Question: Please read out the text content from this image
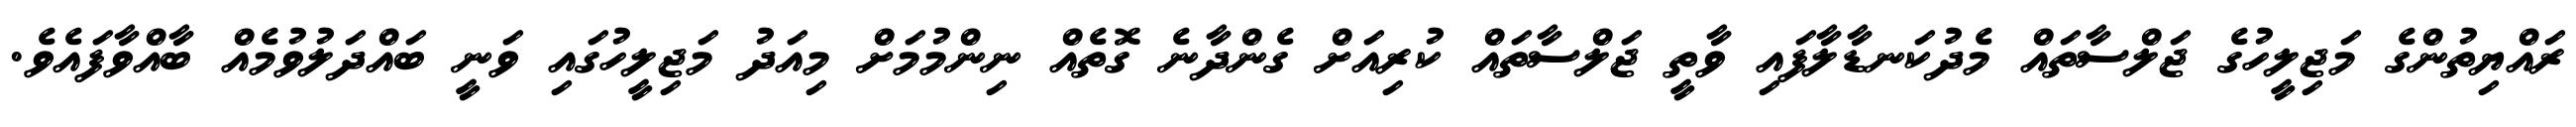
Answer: ރައްޔިތުންގެ މަޖިލީހުގެ ޖަލްސާތައް މެދުކަނޑާލާފައި ވާތީ ޖަލްސާތައް ކުރިއަށް ގެންދާނެ ގޮތެއް ނިންމުމަށް މިއަދު މަޖިލީހުގައި ވަނީ ބައްދަލުވުމެއް ބާއްވާފައެވެ.